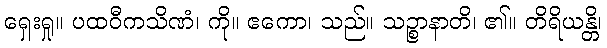
ရှေးရှု။ ပထဝီကသိဏံ၊ ကို။ ဧကော၊ သည်။ သဉ္စာနာတိ၊ ၏။ တိရိယန္တိ၊